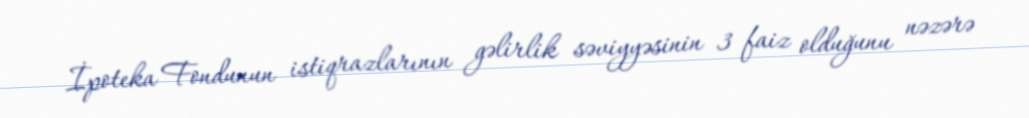
İpoteka Fondunun istiqrazlarının gəlirlik səviyyəsinin 3 faiz olduğunu nəzərə